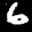
Label: 6